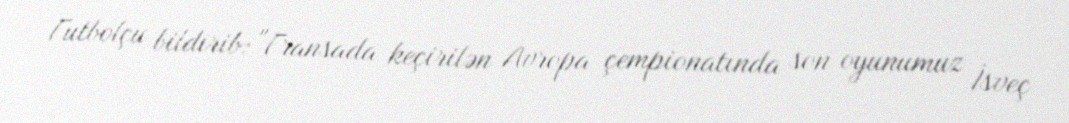
Futbolçu bildirib: "Fransada keçirilən Avropa çempionatında son oyunumuz İsveç